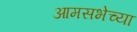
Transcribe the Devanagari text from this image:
आमसभेच्या